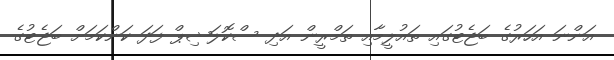
އަންނަ އަހަރުގެ ބަޖެޓުގައި ތައުލީމާއި ތަމްރީން އަދި ސްކޮލަޝިޕް ފަދަ ކަންކަމަށް ބަޖެޓުގެ